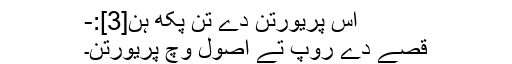
اس پریورتن دے تن پکھ ہن[3]:-
قصے دے روپ تے اصول وچ پریورتن۔